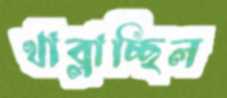
খাব্‌লাচ্ছিল